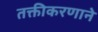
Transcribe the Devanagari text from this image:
तक्तीकरणाने